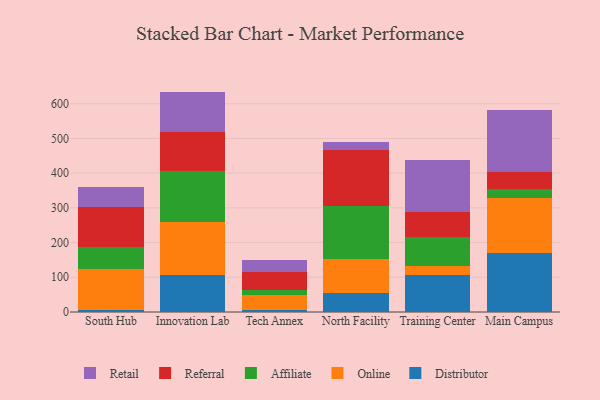
{"axis": {"x": "Campus", "y": "Humidity (%)"}, "legend": ["Affiliate", "Distributor", "Online", "Referral", "Retail"], "data": [{"x": "South Hub", "y": 5.8, "type": "Distributor"}, {"x": "South Hub", "y": 119.2, "type": "Online"}, {"x": "South Hub", "y": 62.5, "type": "Affiliate"}, {"x": "South Hub", "y": 114.2, "type": "Referral"}, {"x": "South Hub", "y": 59.8, "type": "Retail"}, {"x": "Innovation Lab", "y": 107.6, "type": "Distributor"}, {"x": "Innovation Lab", "y": 152.0, "type": "Online"}, {"x": "Innovation Lab", "y": 145.7, "type": "Affiliate"}, {"x": "Innovation Lab", "y": 113.6, "type": "Referral"}, {"x": "Innovation Lab", "y": 116.0, "type": "Retail"}, {"x": "Tech Annex", "y": 5.2, "type": "Distributor"}, {"x": "Tech Annex", "y": 44.0, "type": "Online"}, {"x": "Tech Annex", "y": 15.2, "type": "Affiliate"}, {"x": "Tech Annex", "y": 51.2, "type": "Referral"}, {"x": "Tech Annex", "y": 35.1, "type": "Retail"}, {"x": "North Facility", "y": 55.7, "type": "Distributor"}, {"x": "North Facility", "y": 98.4, "type": "Online"}, {"x": "North Facility", "y": 152.7, "type": "Affiliate"}, {"x": "North Facility", "y": 159.4, "type": "Referral"}, {"x": "North Facility", "y": 24.2, "type": "Retail"}, {"x": "Training Center", "y": 105.6, "type": "Distributor"}, {"x": "Training Center", "y": 27.0, "type": "Online"}, {"x": "Training Center", "y": 83.7, "type": "Affiliate"}, {"x": "Training Center", "y": 70.9, "type": "Referral"}, {"x": "Training Center", "y": 151.0, "type": "Retail"}, {"x": "Main Campus", "y": 170.8, "type": "Distributor"}, {"x": "Main Campus", "y": 156.2, "type": "Online"}, {"x": "Main Campus", "y": 28.6, "type": "Affiliate"}, {"x": "Main Campus", "y": 46.7, "type": "Referral"}, {"x": "Main Campus", "y": 179.5, "type": "Retail"}]}